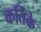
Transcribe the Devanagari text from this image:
कर्तिके